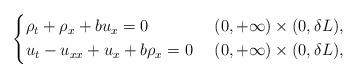
LaTeX: \begin{align*}\begin{dcases} \rho_t + \rho_x + bu_x = 0 & (0,+\infty) \times (0,\delta L), \\u_t - u_{xx} + u_x + b\rho_x = 0 \ & (0,+\infty) \times (0,\delta L),\end{dcases}\end{align*}